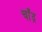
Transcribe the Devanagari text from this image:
चाँद्र